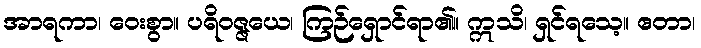
အာရကာ၊ ဝေးစွာ။ ပရိဝဇ္ဇယေ၊ ကြဉ်ရှောင်ရာ၏။ ဣသိ၊ ရှင်ရသေ့။ ဧတာ၊